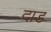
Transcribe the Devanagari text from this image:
दाड